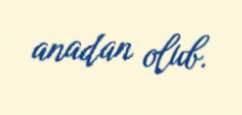
anadan olub.